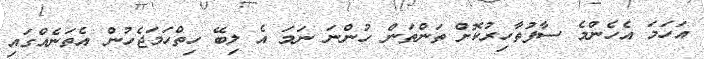
އަހަމަ އެހެންމެ ސާފުތާހިރުކޮށް ތަންތަން ހުންނަ ނަމަ އެ ލިބޭ ހިތްހަމަޖެހުން އެތަނެއްގައި